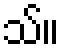
သ်။